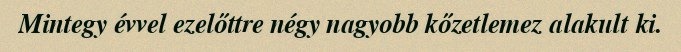
Mintegy évvel ezelőttre négy nagyobb kőzetlemez alakult ki.